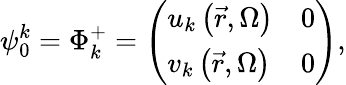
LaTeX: \psi_{0}^{k}=\Phi_{k}^{+}=\left({\begin{array}{ll}{{{u_{k}\left({\vec{r},\Omega}\right)}}}&{{0}}\\ {{{v_{k}\left({\vec{r},\Omega}\right)}}}&{{0}}\end{array}}\right),